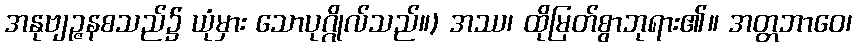
အနုဗျဉ္ဇနစသည်၌ ယုံမှား သောပုဂ္ဂိုလ်သည်။) အဿ၊ ထိုမြတ်စွာဘုရား၏။ အတ္တဘာဝေ၊